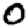
Digit: 0